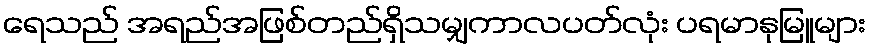
ရေသည် အရည်အဖြစ်တည်ရှိသမျှကာလပတ်လုံး ပရမာနုမြူများ